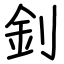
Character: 釗